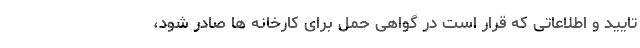
تایید و اطلاعاتی که قرار است در گواهی حمل برای کارخانه ها صادر شود،